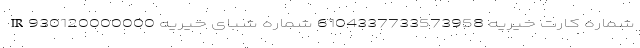
شماره کارت خیریه 6104337733573958 شماره شبای خیریه IR930120000000